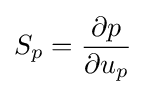
S_{p}={\frac {\partial p}{\partial u_{p}}}